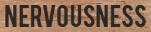
NERVOUSNESS